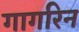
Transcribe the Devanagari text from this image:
गागरिन